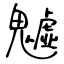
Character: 魖